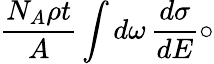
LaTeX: \frac{N_{A}\rho t}{A}\int d\omega\, \frac{d\sigma}{dE}\circ